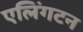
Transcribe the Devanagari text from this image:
एलिंगटन